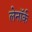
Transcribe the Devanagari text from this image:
लेनॉर्क